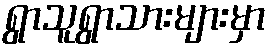
ရွာသူရွာသားများမှာ